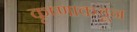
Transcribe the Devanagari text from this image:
कृष्णाकडून